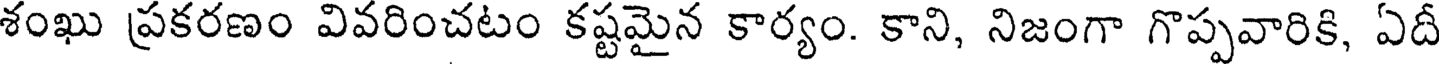
శంఖు ప్రకరణం వివరించటం కష్టమైన కార్యం. కాని, నిజంగా గొప్పవారికి, ఏదీ